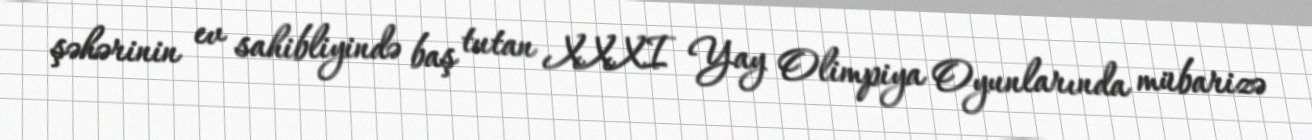
şəhərinin ev sahibliyində baş tutan XXXI Yay Olimpiya Oyunlarında mübarizə